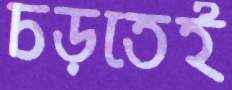
চড়তেই